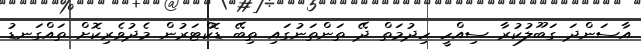
އާސަންދަ ގަބޫލުކުރާ ސިއްހީ ހިދުމަތް ދޭ ތަންތަނުގައި ތިބޭ ޑޮކްޓަރުން މެދުވެރިކޮށް ތައްގަނޑު